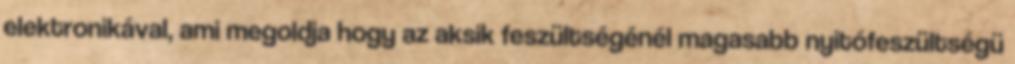
elektronikával, ami megoldja hogy az aksik feszültségénél magasabb nyitófeszültségü